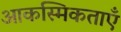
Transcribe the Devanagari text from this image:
आकस्मिकताएँ